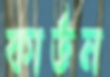
কার্ডন